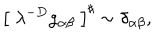
\left[ \; \lambda ^ { - D } g _ { \alpha \beta } \; \right] ^ { \sharp } \sim \delta _ { \alpha \beta } ,